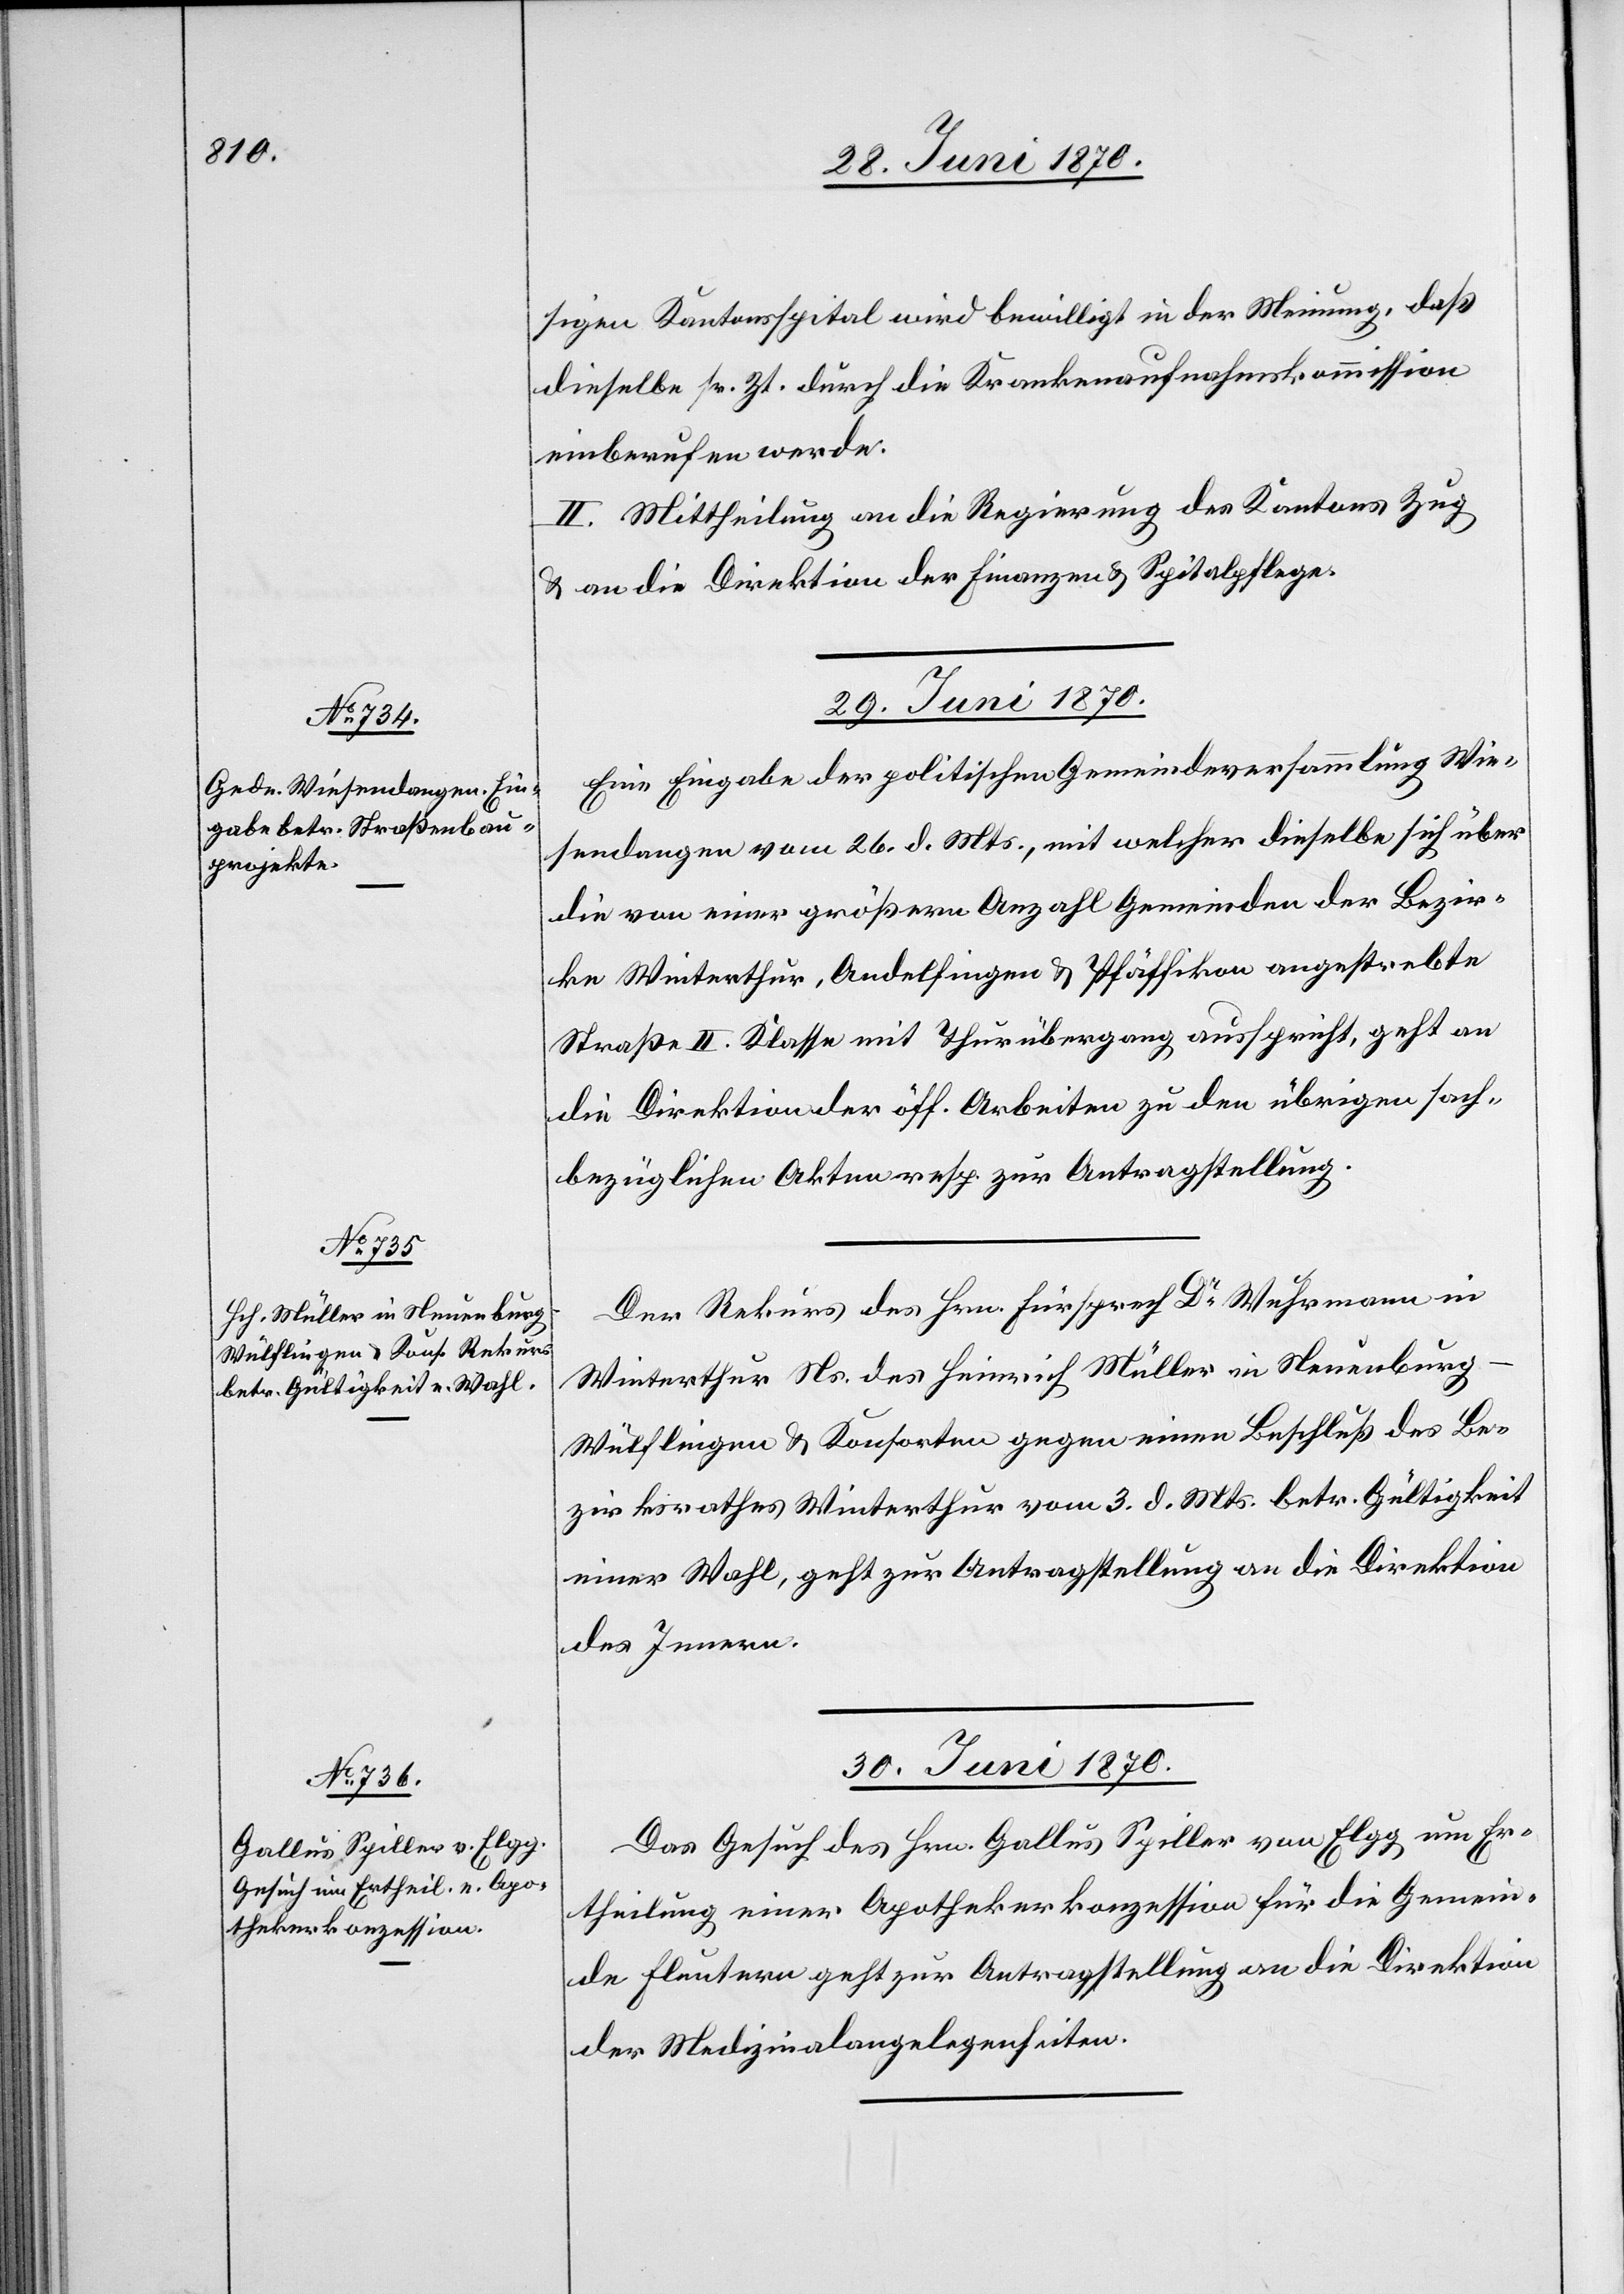
sigen Kantonsspital wird bewilligt in der Meinung, daß
dieselbe sr. Zt. durch die Krankenaufnahmskommission
einberufen werde.
II. Mittheilung an die Regierung des Kantons Zug
& an die Direktion der Finanzen & Spitalpflege.
29. Juni 1870.]
Eine Eingabe der politischen Gemeindeversammlung Wie¬
sendangen vom 26. d. Mts., mit welcher dieselbe sich über
die von einer größern Anzahl Gemeinden der Bezir¬
ke Winterthur, Andelfingen & Pfäffikon angestrebte
Straße II. Klasse mit Thurübergang ausspricht, geht an
die Direktion der öff. Arbeiten zu den übrigen sach¬
bezüglichen Akten resp. zur Antragstellung.
Der Rekurs des Hrn. Fürsprech Dr Wuhrmann in
Winterthur Ns. des Heinrich Müller in Neuenburg
Wülflingen & Konsorten gegen einen Beschluß des Be¬
zirksrathes Winterthur vom 3. d. Mts. betr. Gültigkeit
einer Wahl, geht zur Antragstellung an die Direktion
des Innern.
30. Juni 1870.
Das Gesuch des Hrn. Gallus Spiller von Elgg um Er¬
theilung einer Apothekerkonzession für die Gemein¬
de Fluntern geht zur Antragstellung an die Direktion
der Medizinalangelegenheiten.